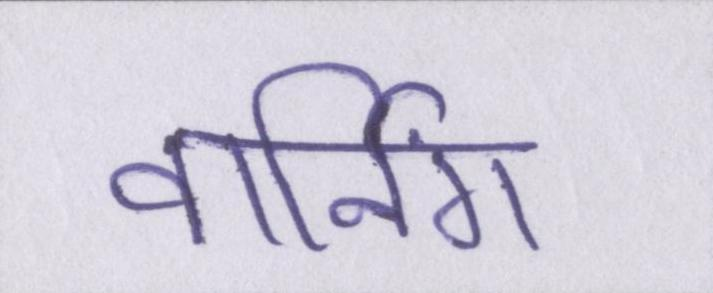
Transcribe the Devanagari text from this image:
वार्निंग